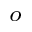
^ o